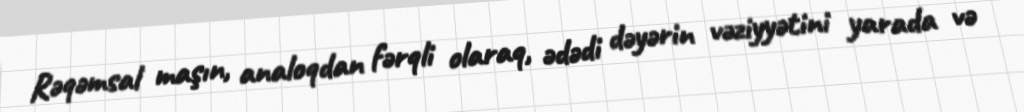
Rəqəmsal maşın, analoqdan fərqli olaraq, ədədi dəyərin vəziyyətini yarada və